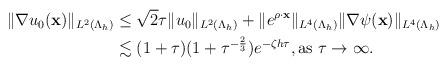
LaTeX: \begin{align*} \begin{aligned} \|\nabla u_{0}(\mathbf x)\|_{L^{2}(\Lambda_h)} &\leq \sqrt{2}\tau \|u_{0}\|_{ L^{2}(\Lambda_h)}+\|e^{\rho \cdot \mathbf x}\|_{ L^{4}(\Lambda_h)} \|\nabla \psi(\mathbf x)\|_{ L^{4}(\Lambda_h)}\\ &\lesssim(1+\tau)(1+\tau^{-\frac{2}{3}})e^{-\zeta h\tau},\mbox{as $\tau \rightarrow \infty$. } \end{aligned} \end{align*}